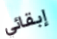
إبقائي